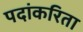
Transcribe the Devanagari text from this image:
पदांकरिता